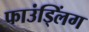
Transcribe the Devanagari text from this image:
फाउंड्लिंग